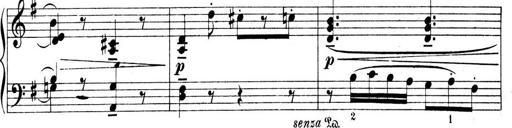
Title: 4 Sonatines
Composer: Max Reger